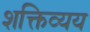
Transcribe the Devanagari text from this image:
शक्तिव्यय